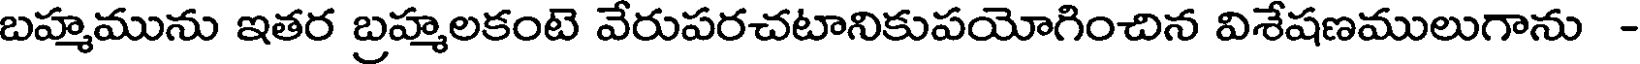
బహ్మమును ఇతర బ్రహ్మలకంటె వేరుపరచటానికుపయోగించిన విశేషణములుగాను -